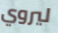
ليروي